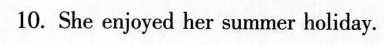
10. She enjoyed her summer holiday.